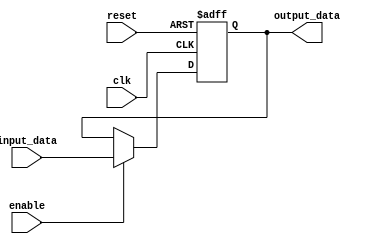
module EnableLatch(
    input wire clk,
    input wire reset,
    input wire enable,
    input wire input_data,
    output reg output_data
);
  
    always @(posedge clk or posedge reset) begin
        if (reset) begin
            output_data <= 1'b0;
        end else begin
            if (enable) begin
                output_data <= input_data;
            end
        end
    end
  
endmodule